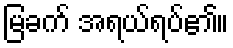
မြခက် အရယ်ရပ်၏။